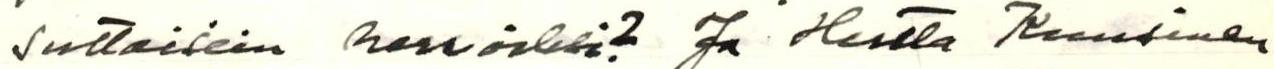
suttaisiin herroiksi? Ja Hertta Kuusinen